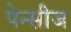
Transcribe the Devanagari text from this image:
पेन्सीज